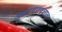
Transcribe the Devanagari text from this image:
अक्षरगणवृत्तात